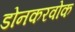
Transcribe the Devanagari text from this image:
डोनकरवोक